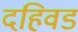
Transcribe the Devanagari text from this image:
दहिवड